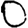
Digit: 0